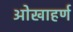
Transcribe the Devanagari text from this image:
ओखाहर्ण